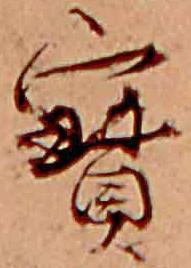
宝